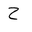
Letter: _ha